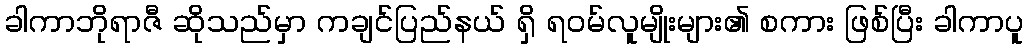
ခါကာဘိုရာဇီ ဆိုသည်မှာ ကချင်ပြည်နယ် ရှိ ရဝမ်လူမျိုးများ၏ စကား ဖြစ်ပြီး ခါကာပူ